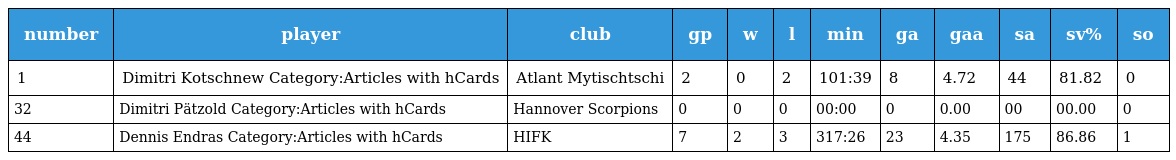
| number | player | club | gp | w | l | min | ga | gaa | sa | sv% | so |
 | --- | --- | --- | --- | --- | --- | --- | --- | --- | --- | --- | --- |
 | 1 | Dimitri Kotschnew Category:Articles with hCards | Atlant Mytischtschi | 2 | 0 | 2 | 101:39 | 8 | 4.72 | 44 | 81.82 | 0 |
 | 32 | Dimitri Pätzold Category:Articles with hCards | Hannover Scorpions | 0 | 0 | 0 | 00:00 | 0 | 0.00 | 00 | 00.00 | 0 |
 | 44 | Dennis Endras Category:Articles with hCards | HIFK | 7 | 2 | 3 | 317:26 | 23 | 4.35 | 175 | 86.86 | 1 |